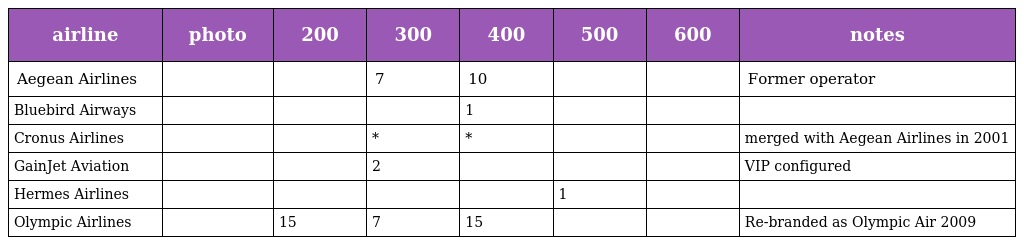
| airline | photo | 200 | 300 | 400 | 500 | 600 | notes |
 | --- | --- | --- | --- | --- | --- | --- | --- |
 | Aegean Airlines |  |  | 7 | 10 |  |  | Former operator |
 | Bluebird Airways |  |  |  | 1 |  |  |  |
 | Cronus Airlines |  |  | * | * |  |  | merged with Aegean Airlines in 2001 |
 | GainJet Aviation |  |  | 2 |  |  |  | VIP configured |
 | Hermes Airlines |  |  |  |  | 1 |  |  |
 | Olympic Airlines |  | 15 | 7 | 15 |  |  | Re-branded as Olympic Air 2009 |